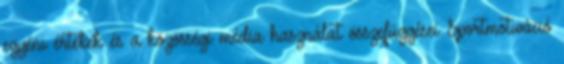
egyéni értékek és a közösségi média használat összefüggései Sportmotiváció